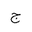
Letter: _gim